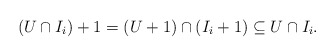
\begin{align*}(U\cap I_{i})+1=(U+1)\cap (I_i+1)\subseteq U\cap I_i.\end{align*}